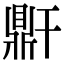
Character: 𪔆